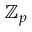
\mathbb { Z } _ { p }